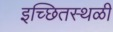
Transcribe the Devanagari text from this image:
इच्छितस्थळी